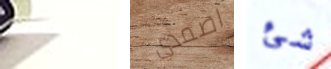
لايقاف اصمدي شئ